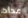
عداد